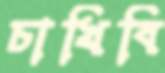
চাখিবি